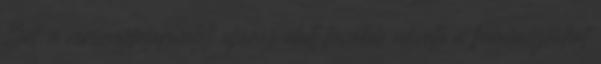
Zrt. a versenyfelügyeleti eljárás alatt tovább növelte a fogyasztókat